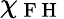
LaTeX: \chi_{\mathrm{~F~H~}}